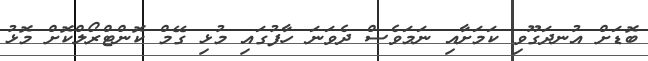
ބޮޑަށް އުނދަގޫވި ކަމަށާއި ނަމަވެސް ދެވަނަ ހާފުގައި މުޅި ގޭމް ކޮންޓްރޯލްކޮށް މޮޅު